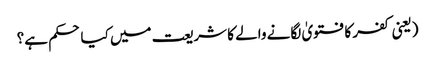
(یعنی کفر کا فتویٰ لگانے والے کا شریعت میں کیا حکم ہے؟